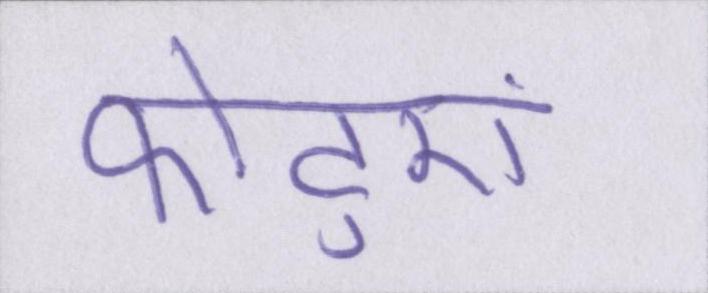
फोटुएं